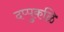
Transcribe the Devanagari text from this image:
दप्पुकळि